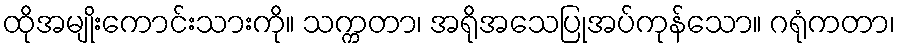
ထိုအမျိုးကောင်းသားကို။ သက္ကတာ၊ အရိုအသေပြုအပ်ကုန်သော။ ဂရုံကတာ၊